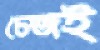
চেজই